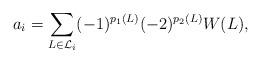
LaTeX: \begin{align*}a_i=\sum_{L\in \mathcal{L}_i}(-1)^{p_1(L)}(-2)^{p_2(L)}W(L),\end{align*}